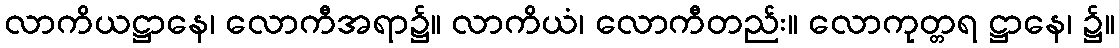
လာကိယဋ္ဌာနေ၊ လောကီအရာ၌။ လာကိယံ၊ လောကီတည်း။ လောကုတ္တရ ဋ္ဌာနေ၊ ၌။